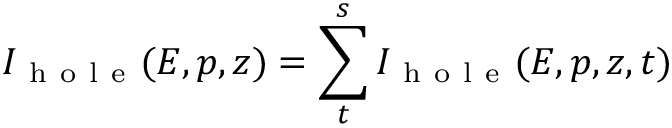
I _ { \mathrm { ~ h ~ o ~ l ~ e ~ } } ( E , p , z ) = \sum _ { t } ^ { s } I _ { \mathrm { ~ h ~ o ~ l ~ e ~ } } ( E , p , z , t )